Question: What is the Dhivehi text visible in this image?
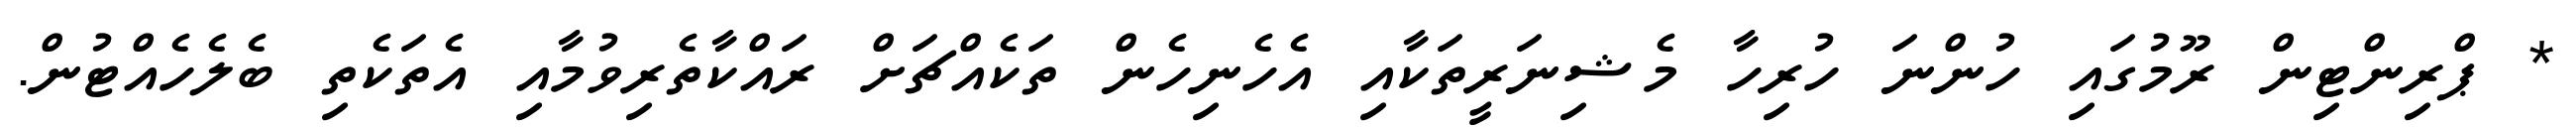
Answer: * ޕްރިންޓިން ރޫމުގައި ހުންނަ ހުރިހާ މެޝިނަރީތަކާއި އެހެނިހެން ތަކެއްޗަށް ރައްކާތެރިވުމާއި އެތަކެތި ބެލެހެއްޓުން.